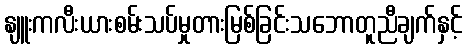
နျူးကလီးယားစမ်းသပ်မှုတားမြစ်ခြင်းသဘောတူညီချက်နှင့်